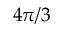
4 \pi / 3